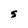
Character: S